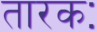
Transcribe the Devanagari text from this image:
तारकः